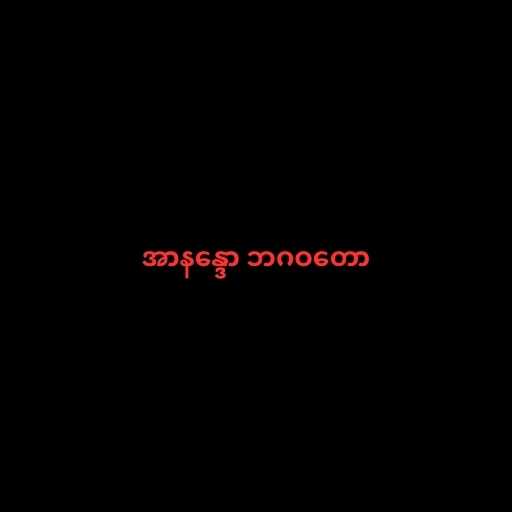
အာနန္ဒော ဘဂဝတော